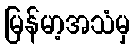
မြန်မာ့အသံမှ